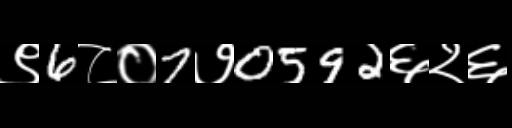
Text: ९6८०7७0592६२६